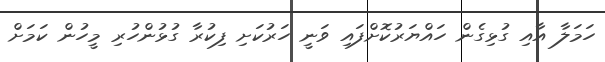
ހަމަލާ އާއި ގުޅިގެން ހައްޔަރުކޮށްފައި ވަނީ ހަރުކަށި ފިކުރާ ގުޅުންހުރި މީހުން ކަމަށް